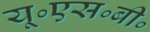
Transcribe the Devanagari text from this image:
यू॰एस॰बी॰